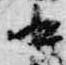
中